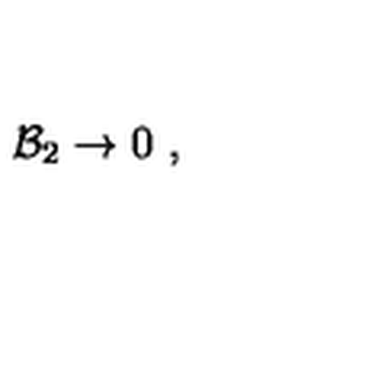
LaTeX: { \cal B } _ { 2 } \rightarrow 0 \ ,